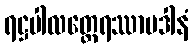
ရဋ္ဌပါလတ္ထေရဿာပဒါနံ